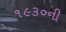
૧૯૩૦ની